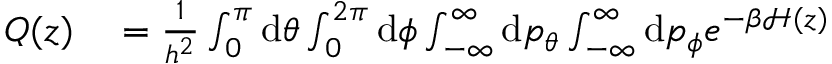
\begin{array} { r l } { Q ( z ) } & { { } = \frac { 1 } { h ^ { 2 } } \int _ { 0 } ^ { \pi } \ensuremath { \mathrm { d } } \theta \int _ { 0 } ^ { 2 \pi } \ensuremath { \mathrm { d } } \phi \int _ { - \infty } ^ { \infty } \ensuremath { \mathrm { d } } p _ { \theta } \int _ { - \infty } ^ { \infty } \ensuremath { \mathrm { d } } p _ { \phi } e ^ { - \beta \mathcal { H } ( z ) } } \end{array}